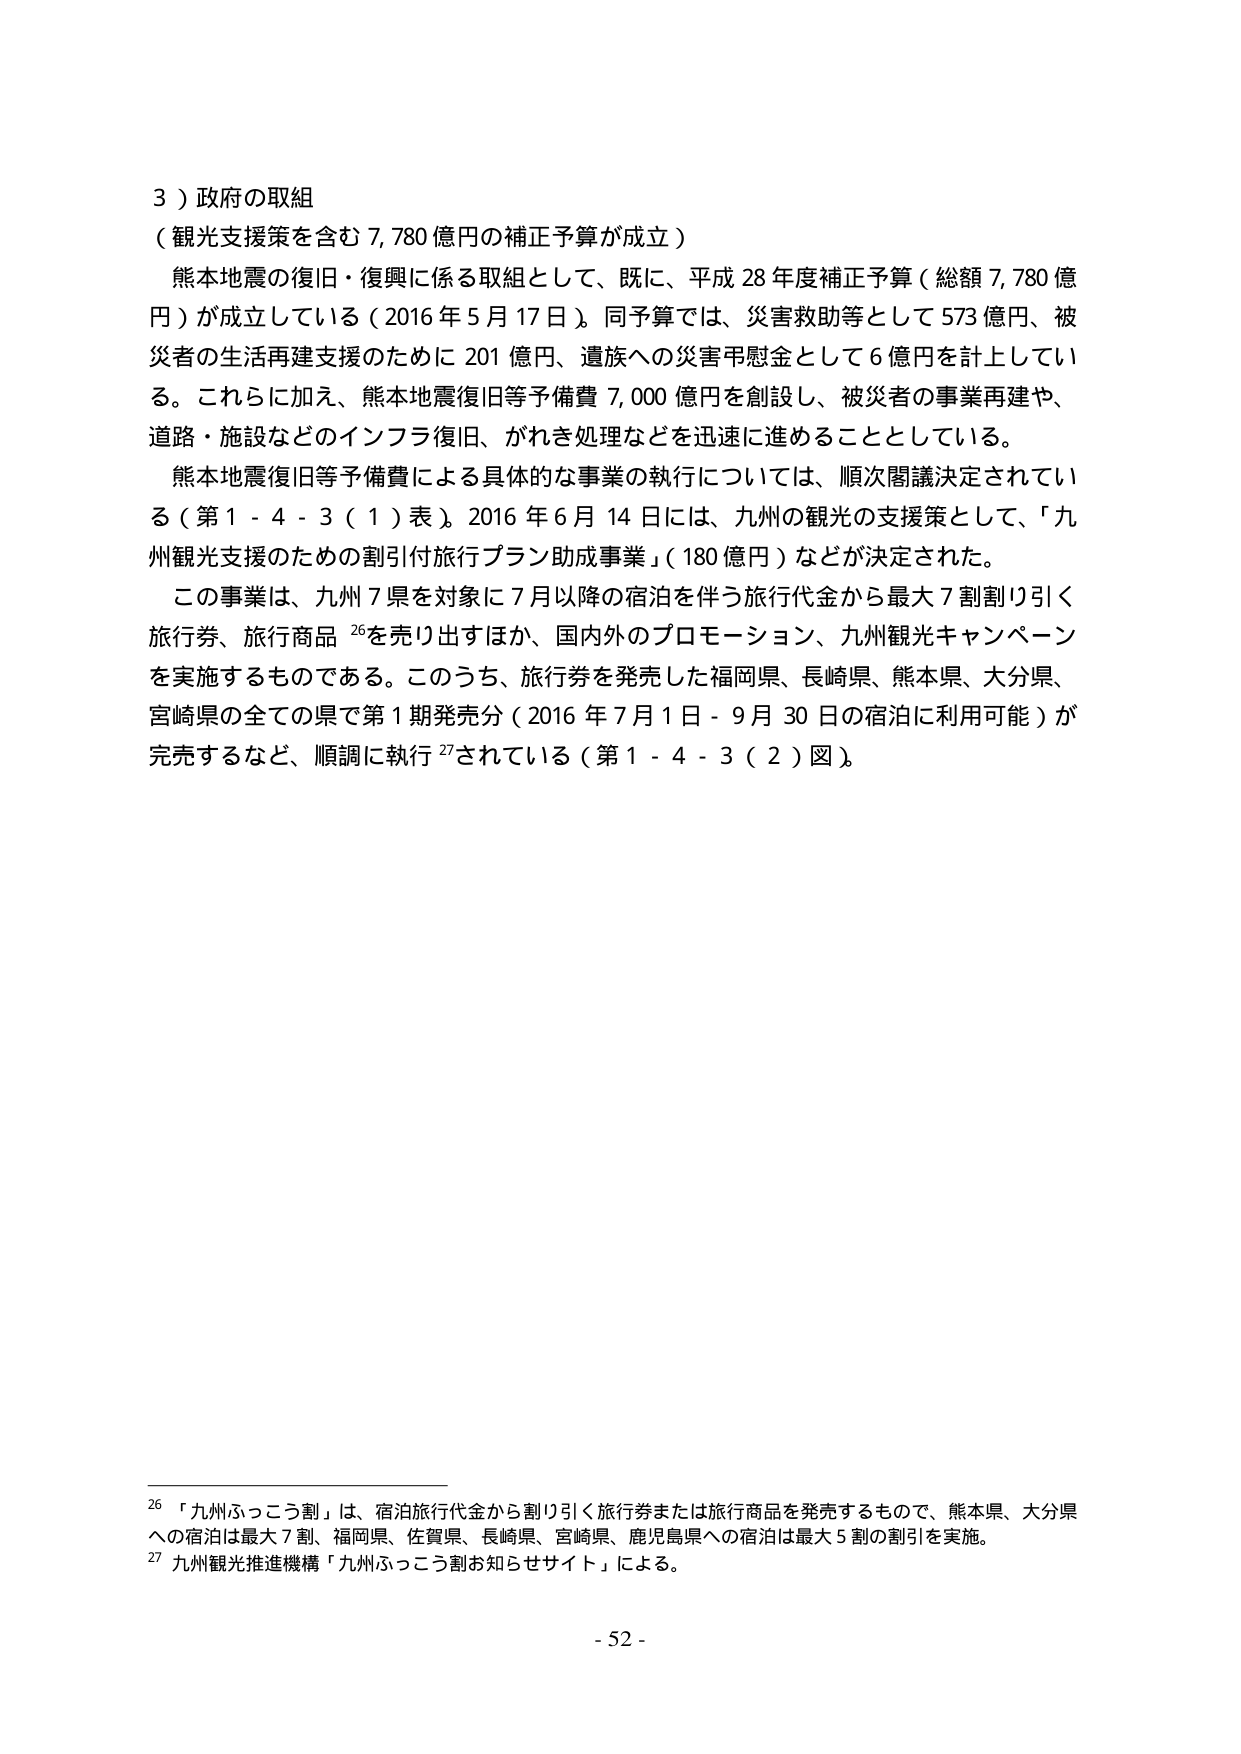
3）政府の取組
（観光支援策を含む 7,780 億円の補正予算が成立）
熊本地震の復旧・復興に係る取組として、既に、平成 28 年度補正予算（総額 7,780 億円）が成立している（2016 年 5 月 17 日）。同予算では、災害救助等として 573 億円、被災者の生活再建支援のために 201 億円、遺族への災害弔慰金として 6 億円を計上している。これらに加え、熊本地震復旧等予備費 7,000 億円を創設し、被災者の事業再建や、道路・施設などのインフラ復旧、がれき処理などを迅速に進めることとしている。
熊本地震復旧等予備費による具体的な事業の執行については、順次閣議決定されている（第 1 - 4 - 3（1）表）。2016 年 6 月 14 日には、九州の観光の支援策として、「九州観光支援のための割引付旅行プラン助成事業」（180 億円）などが決定された。
この事業は、九州 7 県を対象に 7 月以降の宿泊を伴う旅行代金から最大 7 割割り引く旅行券、旅行商品 26 を売り出すほか、国内外のプロモーション、九州観光キャンペーンを実施するものである。このうち、旅行券を発売した福岡県、長崎県、熊本県、大分県、宮崎県の全ての県で第 1 期発売分（2016 年 7 月 1 日 - 9 月 30 日の宿泊に利用可能）が完売するなど、順調に執行 27 されている（第 1 - 4 - 3（2）図）。

26 「九州ふっこう割」は、宿泊旅行代金から割り引く旅行券または旅行商品を発売するもので、熊本県、大分県への宿泊は最大 7 割、福岡県、佐賀県、長崎県、宮崎県、鹿児島県への宿泊は最大 5 割の割引を実施。
27 九州観光推進機構「九州ふっこう割お知らせサイト」による。

- 52 -